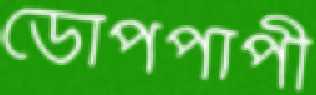
ডোপপাপী